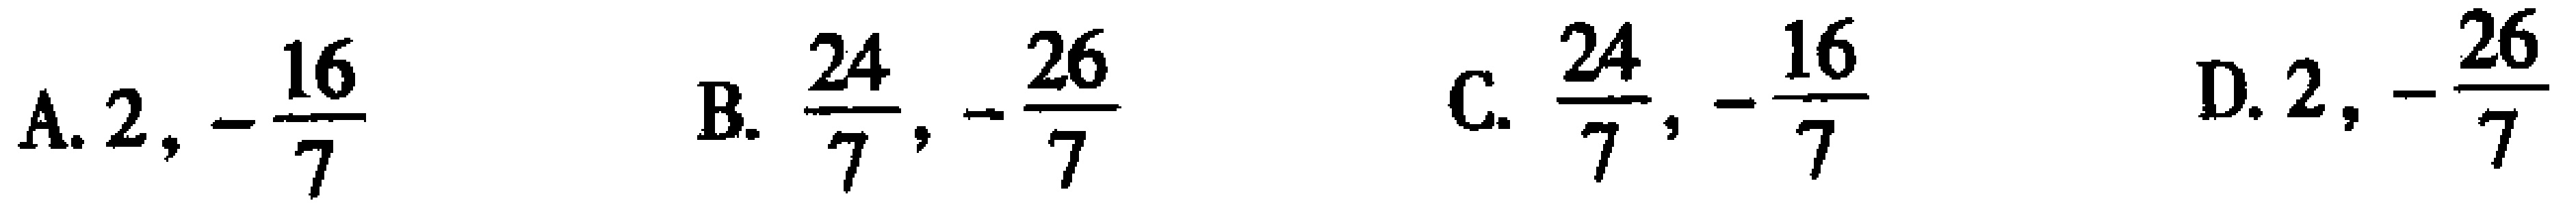
A. \(2, -\frac{16}{7}\)  B. \(\frac{24}{7}, -\frac{26}{7}\)  C. \(\frac{24}{7}, -\frac{16}{7}\)  D. \(2, -\frac{26}{7}\)